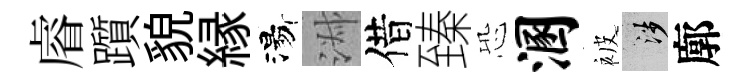
𥈠躓貌縁湯淑借臻恐溷被涉廓